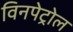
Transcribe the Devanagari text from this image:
विनपेट्रोल